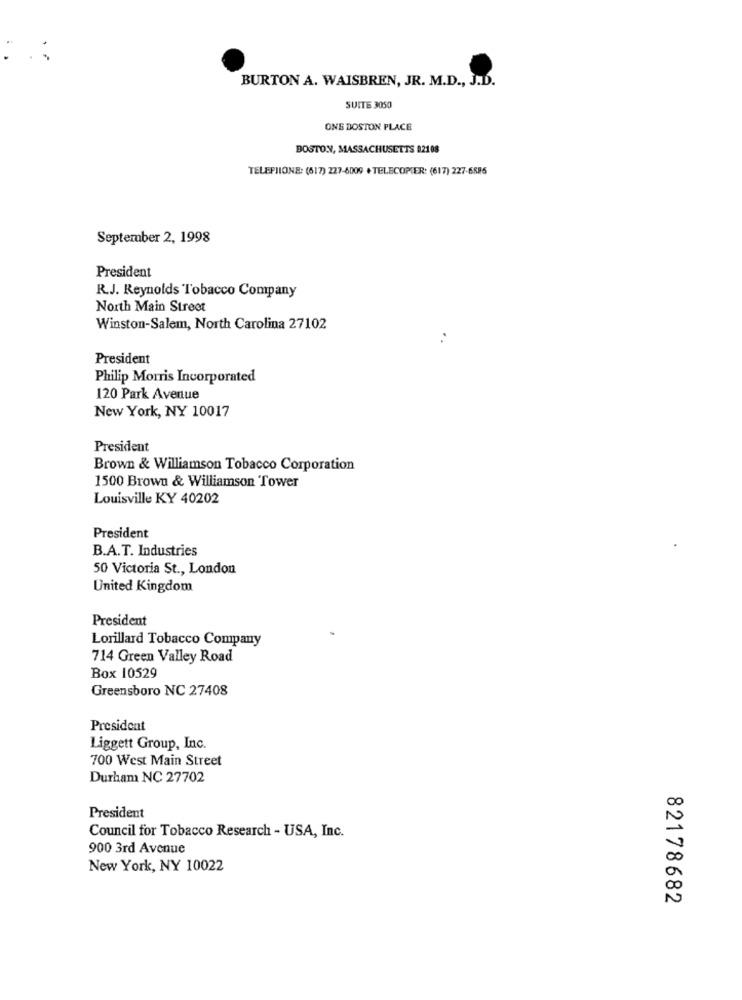
BURTON A. WAISBREN, JR. M.D ., J.D.
SUITE 3050
ONE DOSTON PLACE
BOSTON, MASSACHUSETTS 02108
TELEPHONE: (517) 227-6009 +TELECOPIER: (617) 227-6586
September 2, 1998
President
R.J. Reynolds Tobacco Company
North Main Street
Winston-Salem, North Carolina 27102
..
President
Philip Morris Incorporated
120 Park Avenue
New York, NY 10017
President
Brown & Williamson Tobacco Corporation
1500 Brown & Williamson Tower
Louisville KY 40202
President
B.A.T. Industries
50 Victoria St ., London
United Kingdom
President
Lorillard Tobacco Company
714 Green Valley Road
Box 10529
Greensboro NC 27408
President
Liggett Group, Inc.
700 West Main Street
Durham NC 27702
President
Council for Tobacco Research - USA, Inc.
900 3rd Avenue
New York, NY 10022
82178682